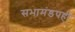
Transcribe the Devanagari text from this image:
सभामंडपही